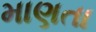
માણતા